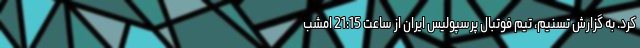
کرد. به گزارش تسنیم، تیم‌ فوتبال پرسپولیس ایران از ساعت 21:15 امشب